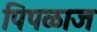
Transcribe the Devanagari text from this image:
पिपळाज